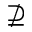
\nsupseteq